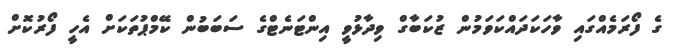
ގެ ފޯރަމެއްގައި ވާހަކަދައްކަވަމުން ޒުކަބާގް ވިދާޅުވީ އިންޓަނެޓްގެ ސަބަބުން ކޭމްޕުތަކަށް އެހީ ފޯރުކޮށް